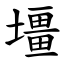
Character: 壃